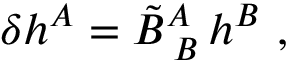
\delta h ^ { A } = \tilde { B } _ { \; B } ^ { A } \, h ^ { B } \ ,